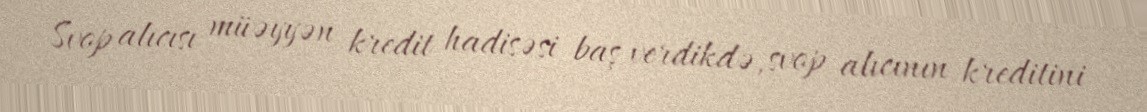
Svop alıcısı müəyyən kredit hadisəsi baş verdikdə, svop alıcının kreditini